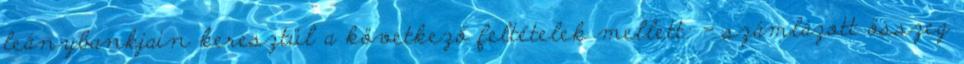
leánybankjain keresztül a következő feltételek mellett: - számlázott összeg